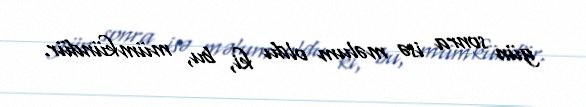
gün sonra isə məlum oldu ki, bu, mümkündür.